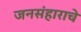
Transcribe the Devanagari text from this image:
जनसंहाराचे